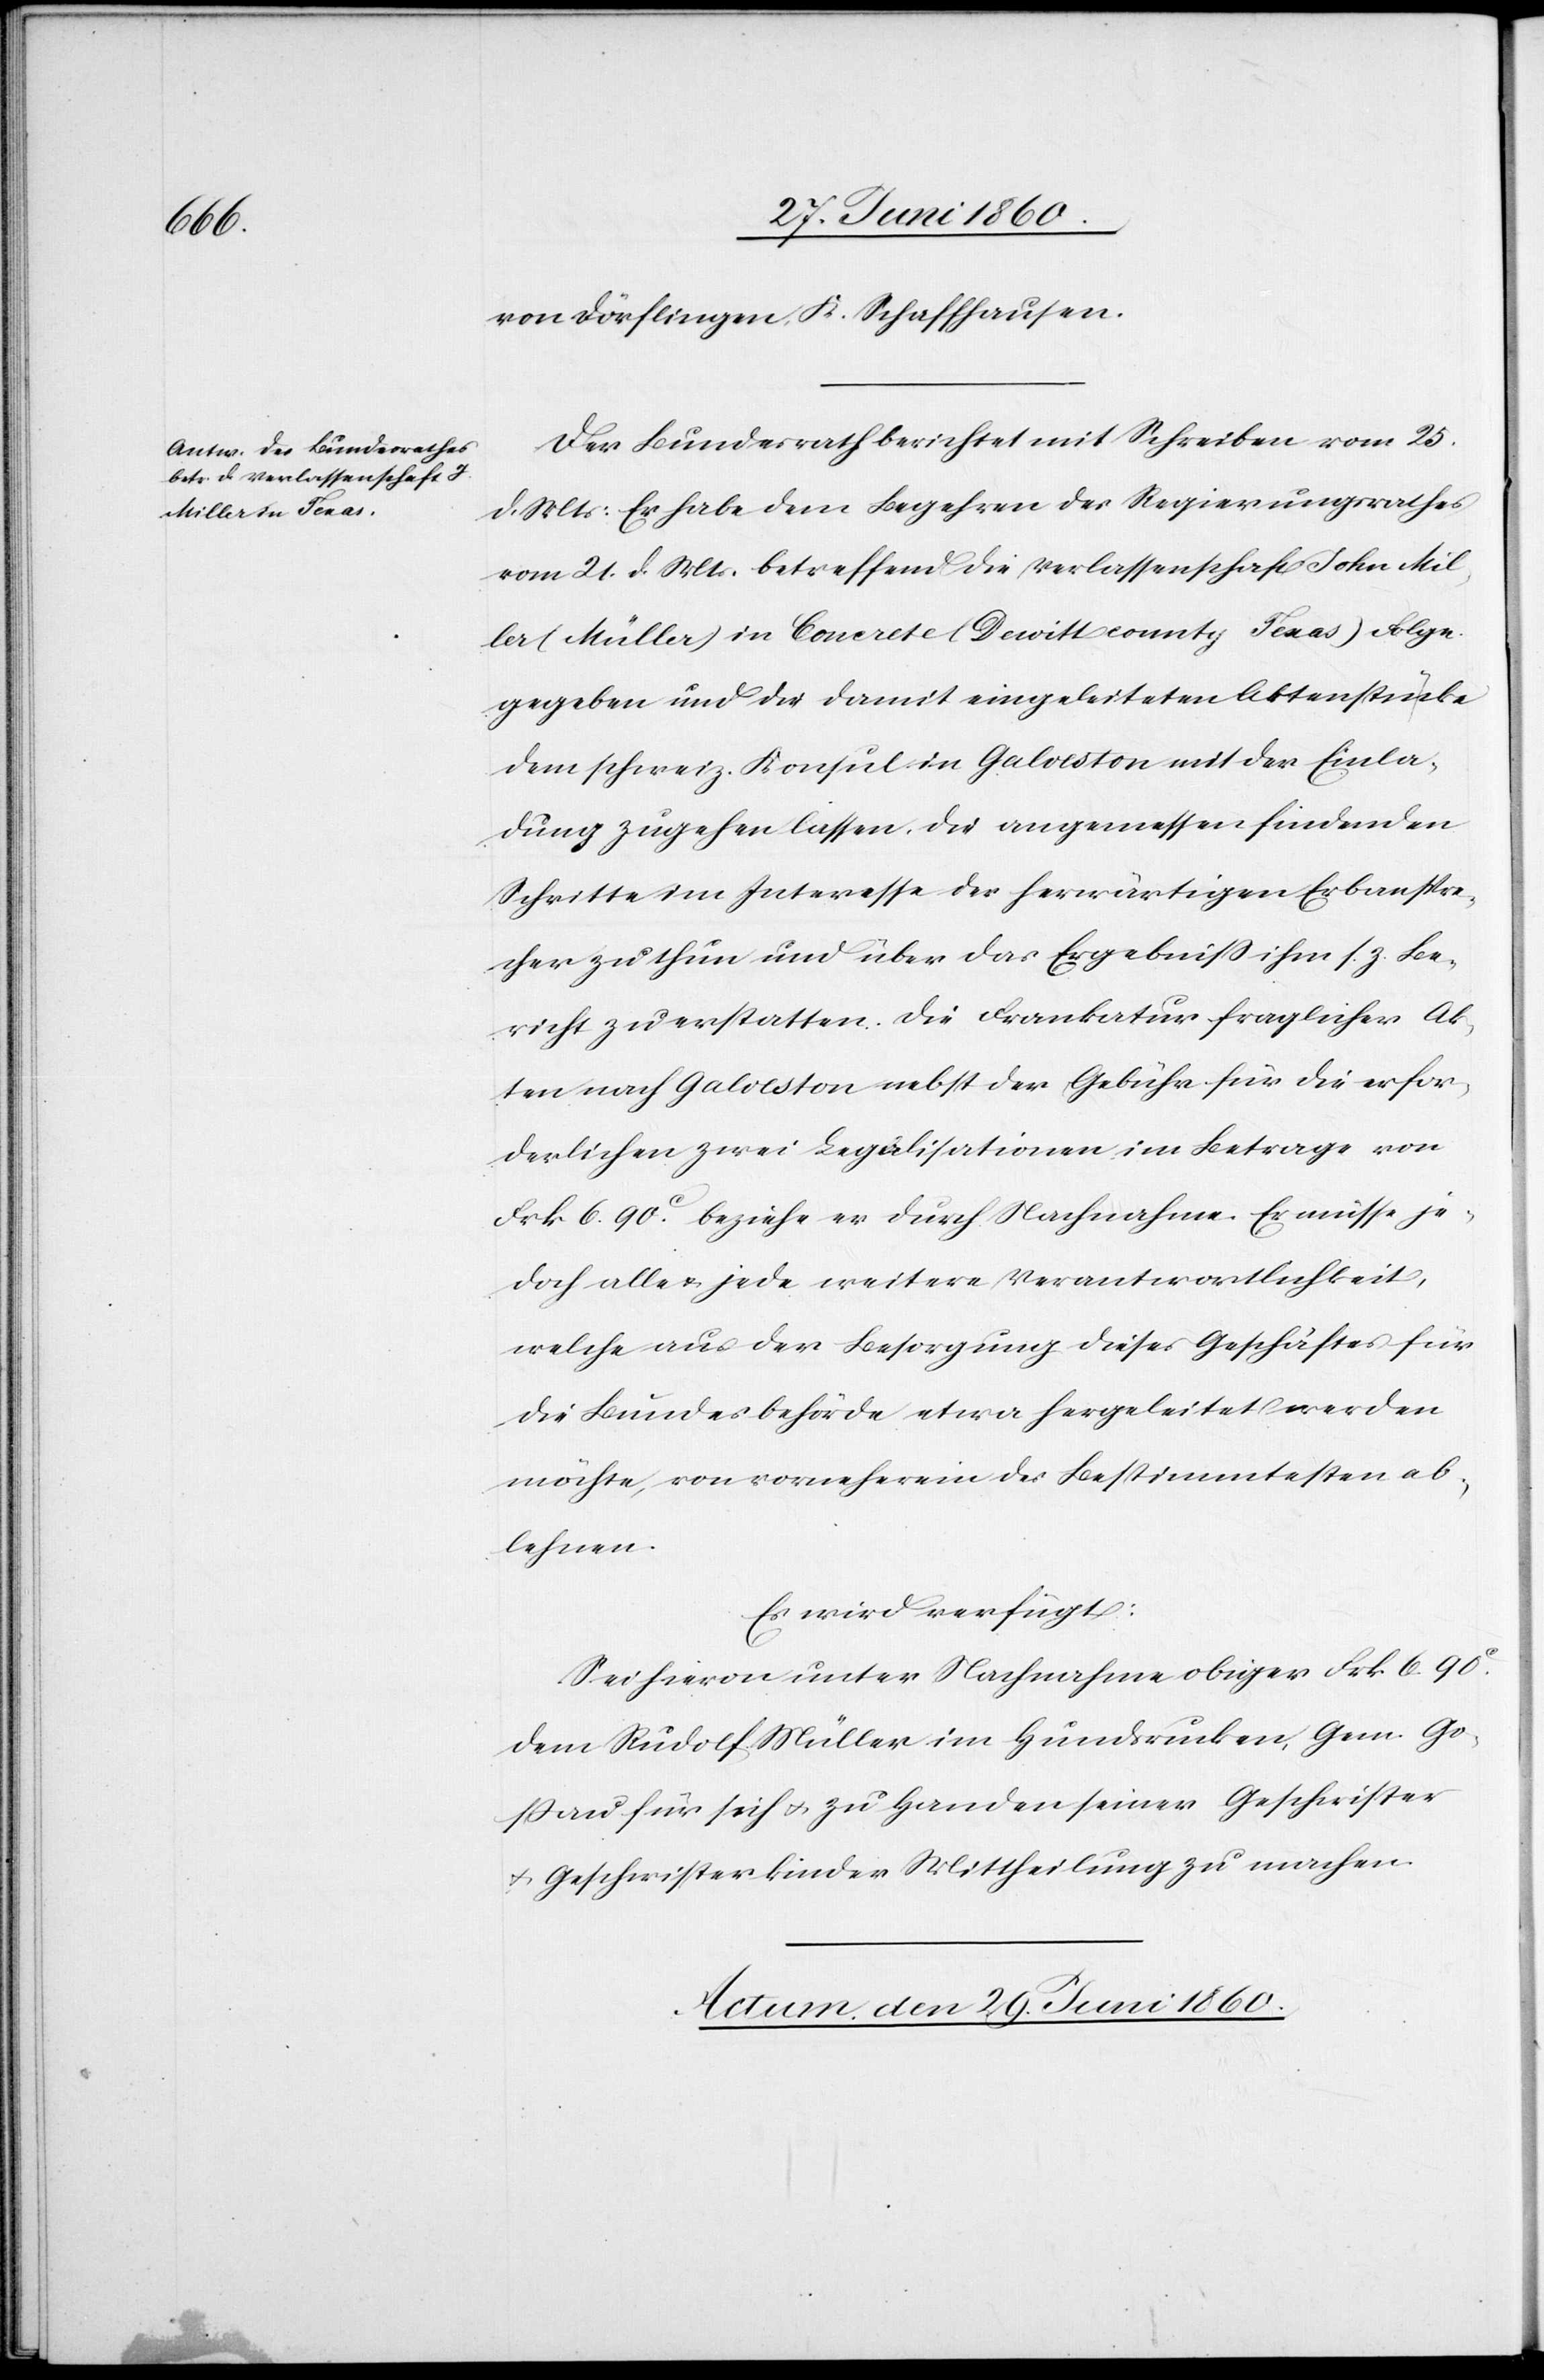
von Dörflingen K. Schaffhausen.
Der Bundesrath berichtet mit Schreiben vom 25.
d. Mts: Er habe dem Begehren des Regierungsrathes
vom 21. d. Mts. betreffend die Verlassenschaft John Mil¬
ler (Müller) in Concrete (Dewittcounty Texas) Folge
gegeben und die damit eingeleiteten Aktenstücke
dem schweiz. Konsul in Galveston mit der Einla¬
dung zugehen lassen, die angemessen findenden
Schritte im Interesse der herwärtigen Erbanspre¬
chung zu thun und über das Ergebniss ihm s. Z. Be¬
richt zu erstatten. Die Frankatur fraglicher Ak¬
ten nach Galveston nebst der Gebühr für die erfor¬
derlichen zwei Legalisationen im Betrage von
Frk. 6. 90C beziehe er durch Nachnahme. Er müsse je¬
doch alle u. jede weitere Verantwortlichkeit,
welche aus der Besorgung dieses Geschäftes für
die Bundesbehörde etwa hergeleitet werden
möchte, von vorneherein des Bestimmtesten ab¬
lehnen.
Es wird verfügt:
Sei hievon unter Nachnahme obiger Frk. 6. 90C
dem Rudolf Müller im Hundsrücken, Gem. Go¬
ssau für sich u. zu Handen seiner Geschrister
u. Geschwisterkinder Mittheilung zu machen.
Actum den 29. Juni 1860.